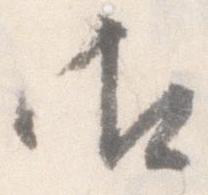
御